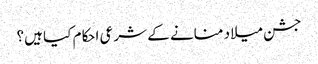
جشن میلاد منانے کے شرعی احکام کیا ہیں؟